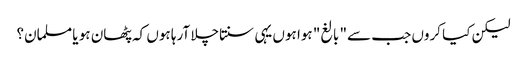
لیکن کیا کروں جب سے" بالغ" ہوا ہوں یہی سنتاچلا آرہا ہوں کہ پٹھان ہو یا مسلمان؟